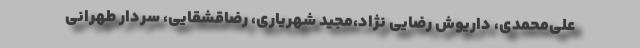
علی‌محمدی، داریوش رضایی نژاد،مجید شهریاری، رضاقشقایی، سردار طهرانی